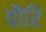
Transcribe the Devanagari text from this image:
पौरि